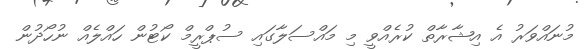
މުނައްވަރު އެ އިޝާރާތް ކުރެއްވީ މި މައްސަލާގައި ސުޕްރީމް ކޯޓުން ހައްލެއް ނުހޯދުން